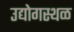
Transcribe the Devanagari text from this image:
उद्योगस्थळ